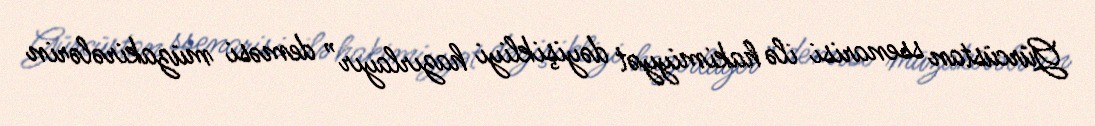
Gürcüstan ssenarisi ilə hakimiyyət dəyişikliyi hazırlayır” deməsi müzakirələrin